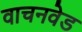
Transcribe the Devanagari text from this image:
वाचनवेड